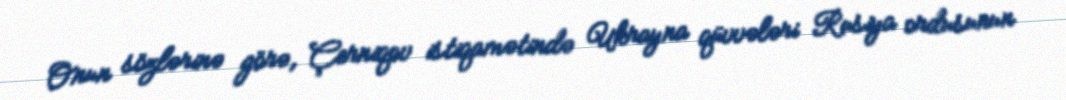
Onun sözlərinə görə, Çerniqov istiqamətində Ukrayna qüvvələri Rusiya ordusunun